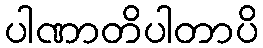
ပါဏာတိပါတာပိ